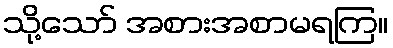
သို့သော် အစားအစာမရကြ။